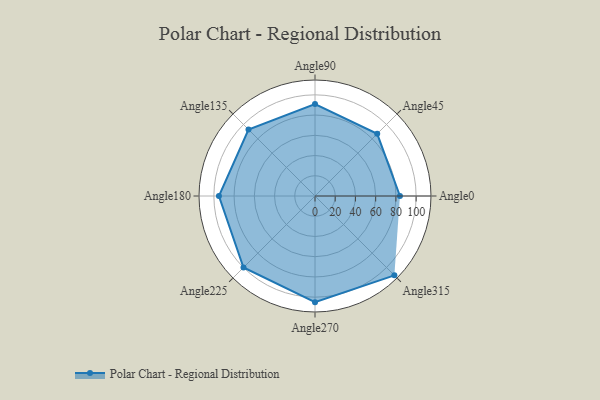
{"axis": {"x": "Angle", "y": "Radius"}, "legend": [""], "data": [{"x": "Angle0", "y": 84.0, "type": ""}, {"x": "Angle45", "y": 87.0, "type": ""}, {"x": "Angle90", "y": 91.0, "type": ""}, {"x": "Angle135", "y": 93.0, "type": ""}, {"x": "Angle180", "y": 95.0, "type": ""}, {"x": "Angle225", "y": 100.0, "type": ""}, {"x": "Angle270", "y": 105.0, "type": ""}, {"x": "Angle315", "y": 111.0, "type": ""}]}